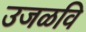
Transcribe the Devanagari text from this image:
उजळवि